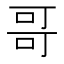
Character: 哥